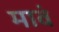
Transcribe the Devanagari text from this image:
मावं